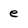
Character: e